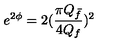
e ^ { 2 \phi } = 2 ( \frac { \pi Q _ { \bar { f } } } { 4 Q _ { f } } ) ^ { 2 }